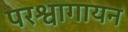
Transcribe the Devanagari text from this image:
परश्वागायन